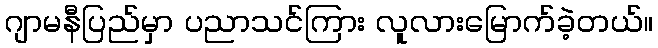
ဂျာမနီပြည်မှာ ပညာသင်ကြား လူလားမြောက်ခဲ့တယ်။